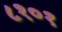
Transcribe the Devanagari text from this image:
८१०१